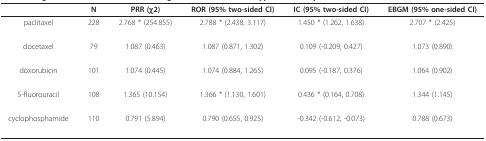
<table><thead><tr><td></td><td><b>N</b></td><td><b>PRR (χ2)</b></td><td><b>ROR (95% two-sided CI)</b></td><td><b>IC (95% two-sided CI)</b></td><td><b>EBGM (95% one-sided CI)</b></td></tr></thead><tbody><tr><td>paclitaxel</td><td>228</td><td>2.768 * (254.855)</td><td>2.788 * (2.438, 3.117)</td><td>1.450 * (1.262, 1.638)</td><td>2.707 * (2.425)</td></tr><tr><td>docetaxel</td><td>79</td><td>1.087 (0.463)</td><td>1.087 (0.871, 1.302)</td><td>0.109 (-0.209, 0.427)</td><td>1.073 (0.890)</td></tr><tr><td>doxorubicin</td><td>101</td><td>1.074 (0.445)</td><td>1.074 (0.884, 1.265)</td><td>0.095 (-0.187, 0.376)</td><td>1.064 (0.902)</td></tr><tr><td>5-fluorouracil</td><td>108</td><td>1.365 (10.154)</td><td>1.366 * (1.130, 1.601)</td><td>0.436 * (0.164, 0.708)</td><td>1.344 (1.145)</td></tr><tr><td>cyclophosphamide</td><td>110</td><td>0.791 (5.894)</td><td>0.790 (0.655, 0.925)</td><td>-0.342 (-0.612, -0.073)</td><td>0.788 (0.673)</td></tr></tbody></table>